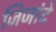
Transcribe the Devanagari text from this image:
जिजांटे